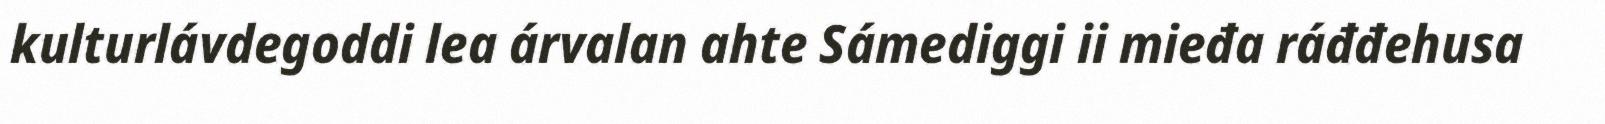
kulturlávdegoddi lea árvalan ahte Sámediggi ii mieđa ráđđehusa